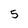
Character: 5